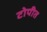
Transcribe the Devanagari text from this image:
टोपीत